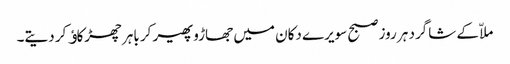
ملاّ کے شاگرد ہر روز صبح سویرے دکان میں جھاڑو پھیر کر باہر چھڑکاﺅ کر دیتے۔